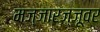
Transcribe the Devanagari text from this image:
मज्जारज्जूवर